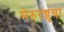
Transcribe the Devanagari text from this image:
मेरुरज्जूचा